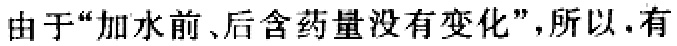
由于“加水前、后含药量没有变化”，所以，有